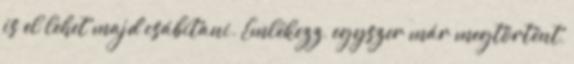
is el lehet majd csábítani. Emlékezz, egyszer már megtörtént,